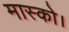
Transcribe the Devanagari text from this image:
मास्को।